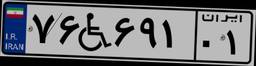
۷۶W۶۹۱۰۱